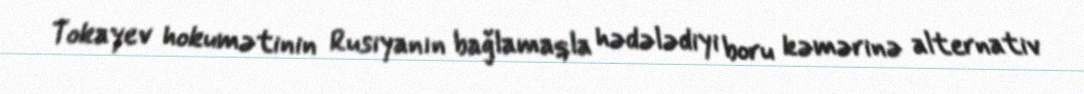
Tokayev hokumətinin Rusiyanın bağlamaqla hədələdiyi boru kəmərinə alternativ